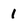
Character: 1